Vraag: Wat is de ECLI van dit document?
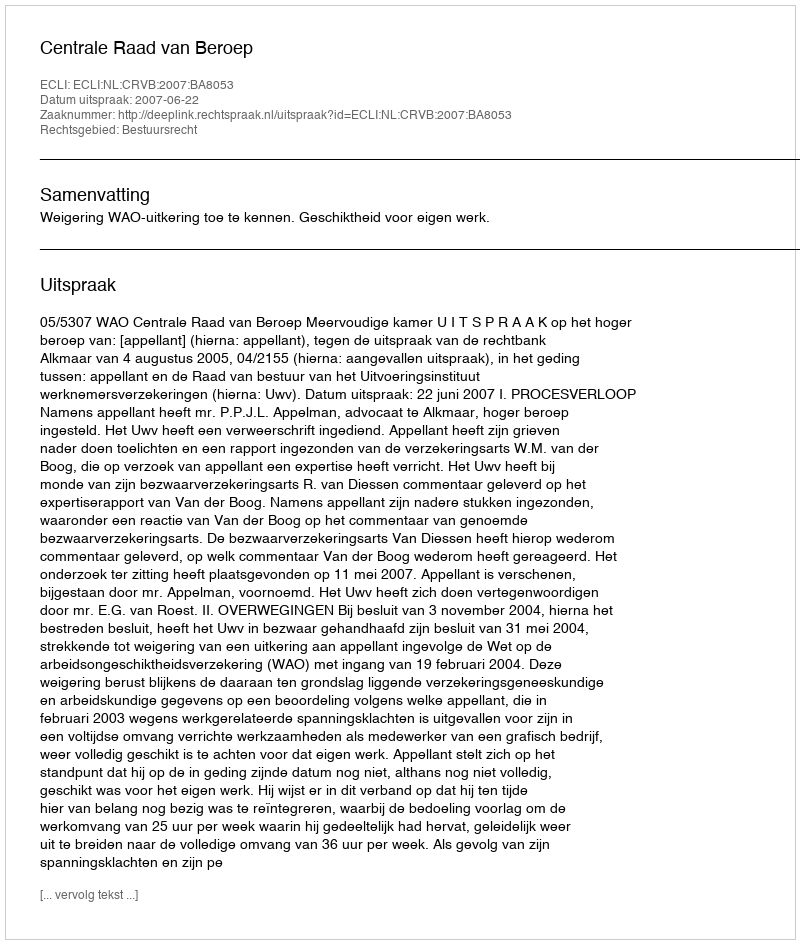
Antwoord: ECLI:NL:CRVB:2007:BA8053